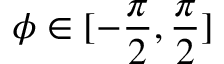
\phi \in [ - \frac { \pi } { 2 } , \frac { \pi } { 2 } ]